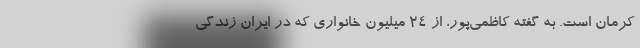
کرمان است. به گفته کاظمی‌پور، از ۲۴ میلیون خانواری که در ایران زندگی